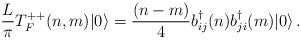
\begin{align*}\frac{L}{\pi}T^{++}_F(n,m) | 0 \rangle = {(n-m) \over 4}b^\dagger_{ij}(n) b^\dagger_{ji}(m)| 0 \rangle\,.\end{align*}